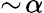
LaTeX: \sim\! \alpha